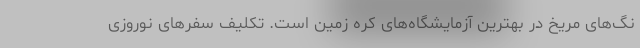
نگ‌های مریخ در بهترین آزمایشگاه‌های کره زمین است. تکلیف سفرهای نوروزی